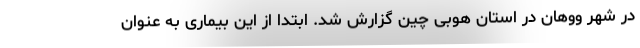
در شهر ووهان در استان هوبی چین گزارش شد. ابتدا از این بیماری به عنوان